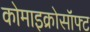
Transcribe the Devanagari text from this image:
कोमाइक्रोसॉफ्ट